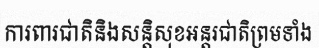
ការពារជាតិនិងសន្តិសុខអន្តរជាតិព្រមទាំង